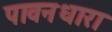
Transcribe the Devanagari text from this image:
पावनधारा